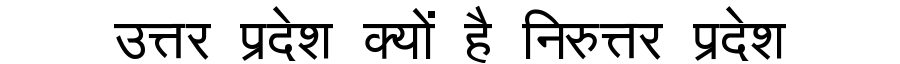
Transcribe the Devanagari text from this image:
उत्तर प्रदेश क्यों है निरुत्तर प्रदेश